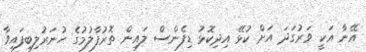
އޭނާ އަކީ ވަރުގަދަ އަށް ކުޅޭ އިދިކޮޅު ޑިފެންސް ލައިން ތޮރުފާލުމުގެ ހުނަރުލިބިފައިވާ